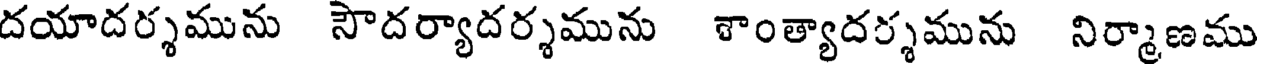
దయాదర్శమును సౌదర్యాదర్శమును శాంత్యాదర్శమును నిర్మాణము